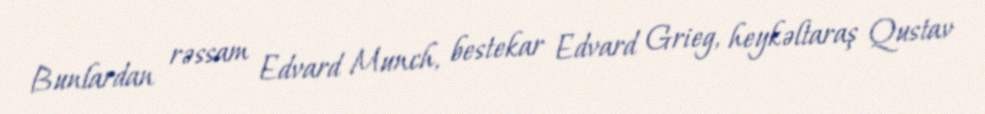
Bunlardan rəssam Edvard Munch, bestekar Edvard Grieg, heykəltaraş Qustav